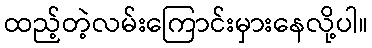
ထည့်တဲ့လမ်းကြောင်းမှားနေလို့ပါ။